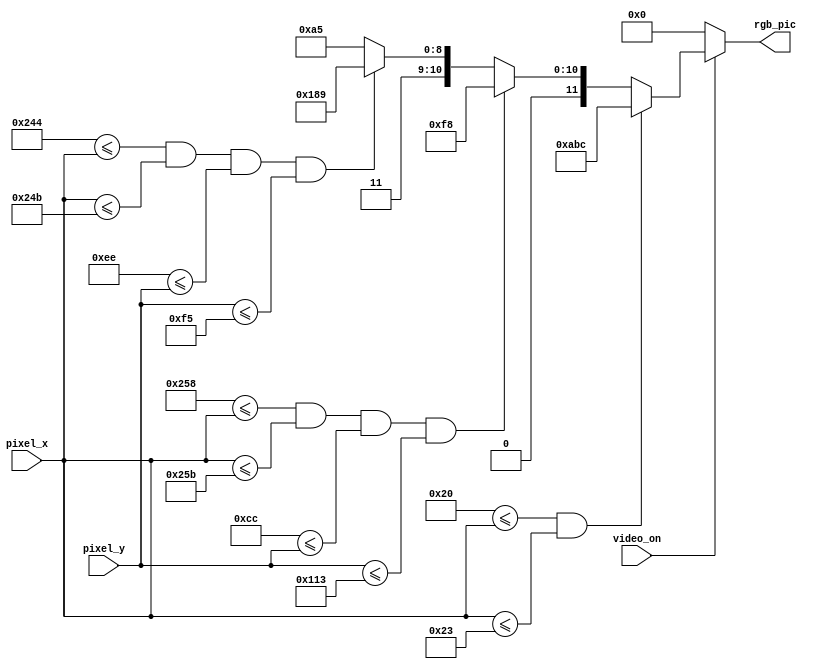
`timescale 1ns / 1ps
//////////////////////////////////////////////////////////////////////////////////
// Company: 
// Engineer: 
// 
// Design Name: 
// Module Name:    pong_graphics 
// Project Name: 
// Target Devices: 
// Tool versions: 
// Description: 
//
// Dependencies: 
//
// Revision: 
// Revision 0.01 - File Created
// Additional Comments: 
//
//////////////////////////////////////////////////////////////////////////////////
module pong_graphics(video_on, pixel_x, pixel_y, rgb_pic);
	input wire video_on;
	input wire [9:0] pixel_x, pixel_y;
	output reg[11:0] rgb_pic;
	
	wire wall_on, bar_on, ball_on;
	wire [11:0] wall_rgb, bar_rgb, ball_rgb;
	
	//
	// WALL 
	//
	localparam wall_x_l = 32;
	localparam wall_x_r = 35;
	//------------------------
	assign wall_on  = (wall_x_l <= pixel_x) && (pixel_x <=wall_x_r);
	assign wall_rgb = 12'h ABC; 
	//
	// BAR
	//
	localparam bar_x_l = 600;
	localparam bar_x_r = 603;

	localparam bar_y_t = 204;
	localparam bar_y_b = 275;
	//------------------------
	assign bar_on = (bar_x_l <= pixel_x) && (pixel_x <= bar_x_r) &&
						 (bar_y_t <= pixel_y) && (pixel_y <= bar_y_b);
	assign bar_rgb = 12'h 0F8; 
	//
	// BALL
	//
	localparam ball_x_l = 580;
	localparam ball_x_r = 587;
	
	localparam ball_y_t = 238;
	localparam ball_y_b = 245;
   //------------------------
	assign ball_on = (ball_x_l <= pixel_x) && (pixel_x <= ball_x_r) &&
						  (ball_y_t <= pixel_y) && (pixel_y <= ball_y_b);
	assign ball_rgb = 12'h 789;					  
					
	always @(*)
		if (~video_on)
			rgb_pic = 12'b0;
		else 
			if (wall_on)
				rgb_pic = wall_rgb;
			else if (bar_on)
				rgb_pic = bar_rgb;
			else if (ball_on)
				rgb_pic = ball_rgb;
			else 
				rgb_pic = 12'h 6A5;
	
endmodule